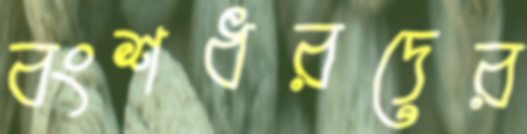
বংশধরদের